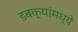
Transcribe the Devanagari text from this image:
डबक्यांमध्ये